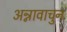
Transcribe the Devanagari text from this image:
अन्नावाचुन